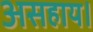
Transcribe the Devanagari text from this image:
असहाय।